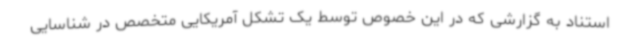
استناد به گزارشی که در این خصوص توسط یک تشکل آمریکایی متخصص در شناسایی